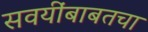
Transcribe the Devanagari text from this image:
सवयींबाबतचा